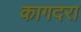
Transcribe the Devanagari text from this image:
कागदरा